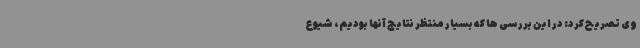
وی تصریح کرد: در این بررسی ها که بسیار منتظر نتایج آنها بودیم، شیوع